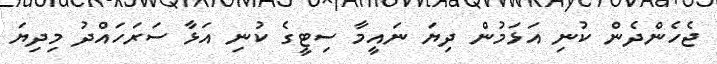
ޖެހެންދެން ކުނި އަޅަމުން ދިޔަ ނައީމާ ސިޓީގެ ކުނި އަޅާ ސަރަހައްދު މިދިޔަ